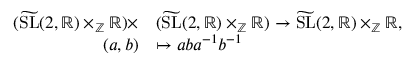
\begin{array} { r l } { ( \widetilde { \mathrm { S L } } ( 2 , \mathbb { R } ) \times _ { \mathbb { Z } } \mathbb { R } ) \times } & { ( \widetilde { \mathrm { S L } } ( 2 , \mathbb { R } ) \times _ { \mathbb { Z } } \mathbb { R } ) \to \widetilde { \mathrm { S L } } ( 2 , \mathbb { R } ) \times _ { \mathbb { Z } } \mathbb { R } , } \\ { ( a , b ) } & { \mapsto a b a ^ { - 1 } b ^ { - 1 } } \end{array}